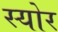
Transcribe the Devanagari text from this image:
स्योर